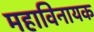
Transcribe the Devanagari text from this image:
महाविनायक